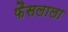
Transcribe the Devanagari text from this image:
फैसलाला